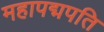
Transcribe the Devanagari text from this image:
महापद्मपति